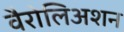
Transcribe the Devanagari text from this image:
वैरोलिअशन